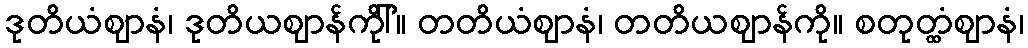
ဒုတိယံဈာနံ၊ ဒုတိယဈာန်ကိုါ်။ တတိယံဈာနံ၊ တတိယဈာန်ကို။ စတုတ္ထံဈာနံ၊